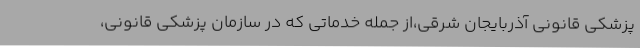
پزشکی قانونی آذربایجان شرقی،از جمله خدماتی که در سازمان پزشکی قانونی،